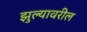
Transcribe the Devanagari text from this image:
झुल्यावरील